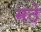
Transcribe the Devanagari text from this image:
मठे